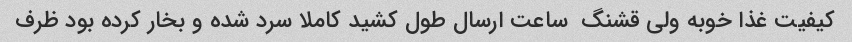
کیفیت غذا خوبه ولی قشنگ  ساعت ارسال طول کشید کاملا سرد شده و بخار کرده بود ظرف